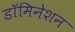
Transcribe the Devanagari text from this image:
डॉमिनेशन